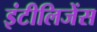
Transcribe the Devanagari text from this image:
इंटीलिजेंस